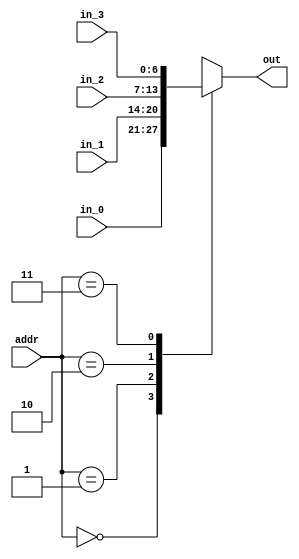

module mux(addr, in_0, in_1, in_2, in_3, out);

input [1:0] addr;
input [6:0] in_0;
input [6:0] in_1;
input [6:0] in_2;
input [6:0] in_3;

output reg [6:0] out;

always @*
begin

	casez(addr)
		0: out = in_0;
		1: out = in_1;
		2: out = in_2;
		3: out = in_3;
	endcase

end

endmodule